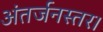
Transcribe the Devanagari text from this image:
अंतर्जनस्तर।